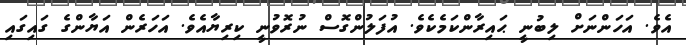
އެވެ. އަހަންނަށް ލިބުނީ ޙައިރާންކަމެކެވެ. އުފަލުންގޮސް ނުރޮވުނީ ކިރިޔާއެވެ. އަހަރެން އަޔާންގެ ގައިގައި